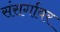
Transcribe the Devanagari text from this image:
संसर्गावर